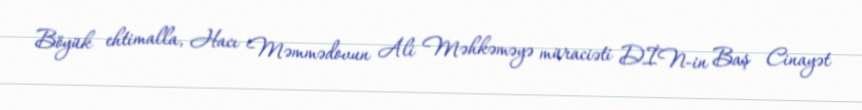
Böyük ehtimalla, Hacı Məmmədovun Ali Məhkəməyə müraciəti DİN-in Baş Cinayət